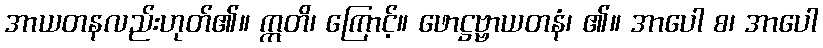
အာယတနလည်းဟုတ်၏။ ဣတိ၊ ကြောင့်။ ဖောဋ္ဌဗ္ဗာယတနံ၊ ၏။ အာပေါ စ၊ အာပေါ